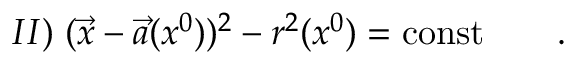
I I ) \; ( \vec { x } - \vec { a } ( x ^ { 0 } ) ) ^ { 2 } - r ^ { 2 } ( x ^ { 0 } ) = \mathrm { c o n s t } \qquad .